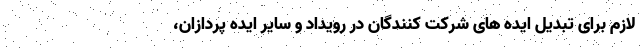
لازم برای تبدیل ایده های شرکت کنندگان در رویداد و سایر ایده پردازان،